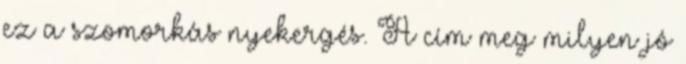
ez a szomorkás nyekergés. A cím meg milyen jó